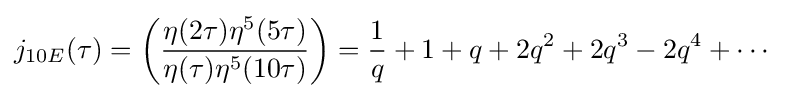
{\begin{aligned}j_{10E}(\tau )&=\left({\frac {\eta (2\tau )\eta ^{5}(5\tau )}{\eta (\tau )\eta ^{5}(10\tau )}}\right)={\frac {1}{q}}+1+q+2q^{2}+2q^{3}-2q^{4}+\cdots \end{aligned}}